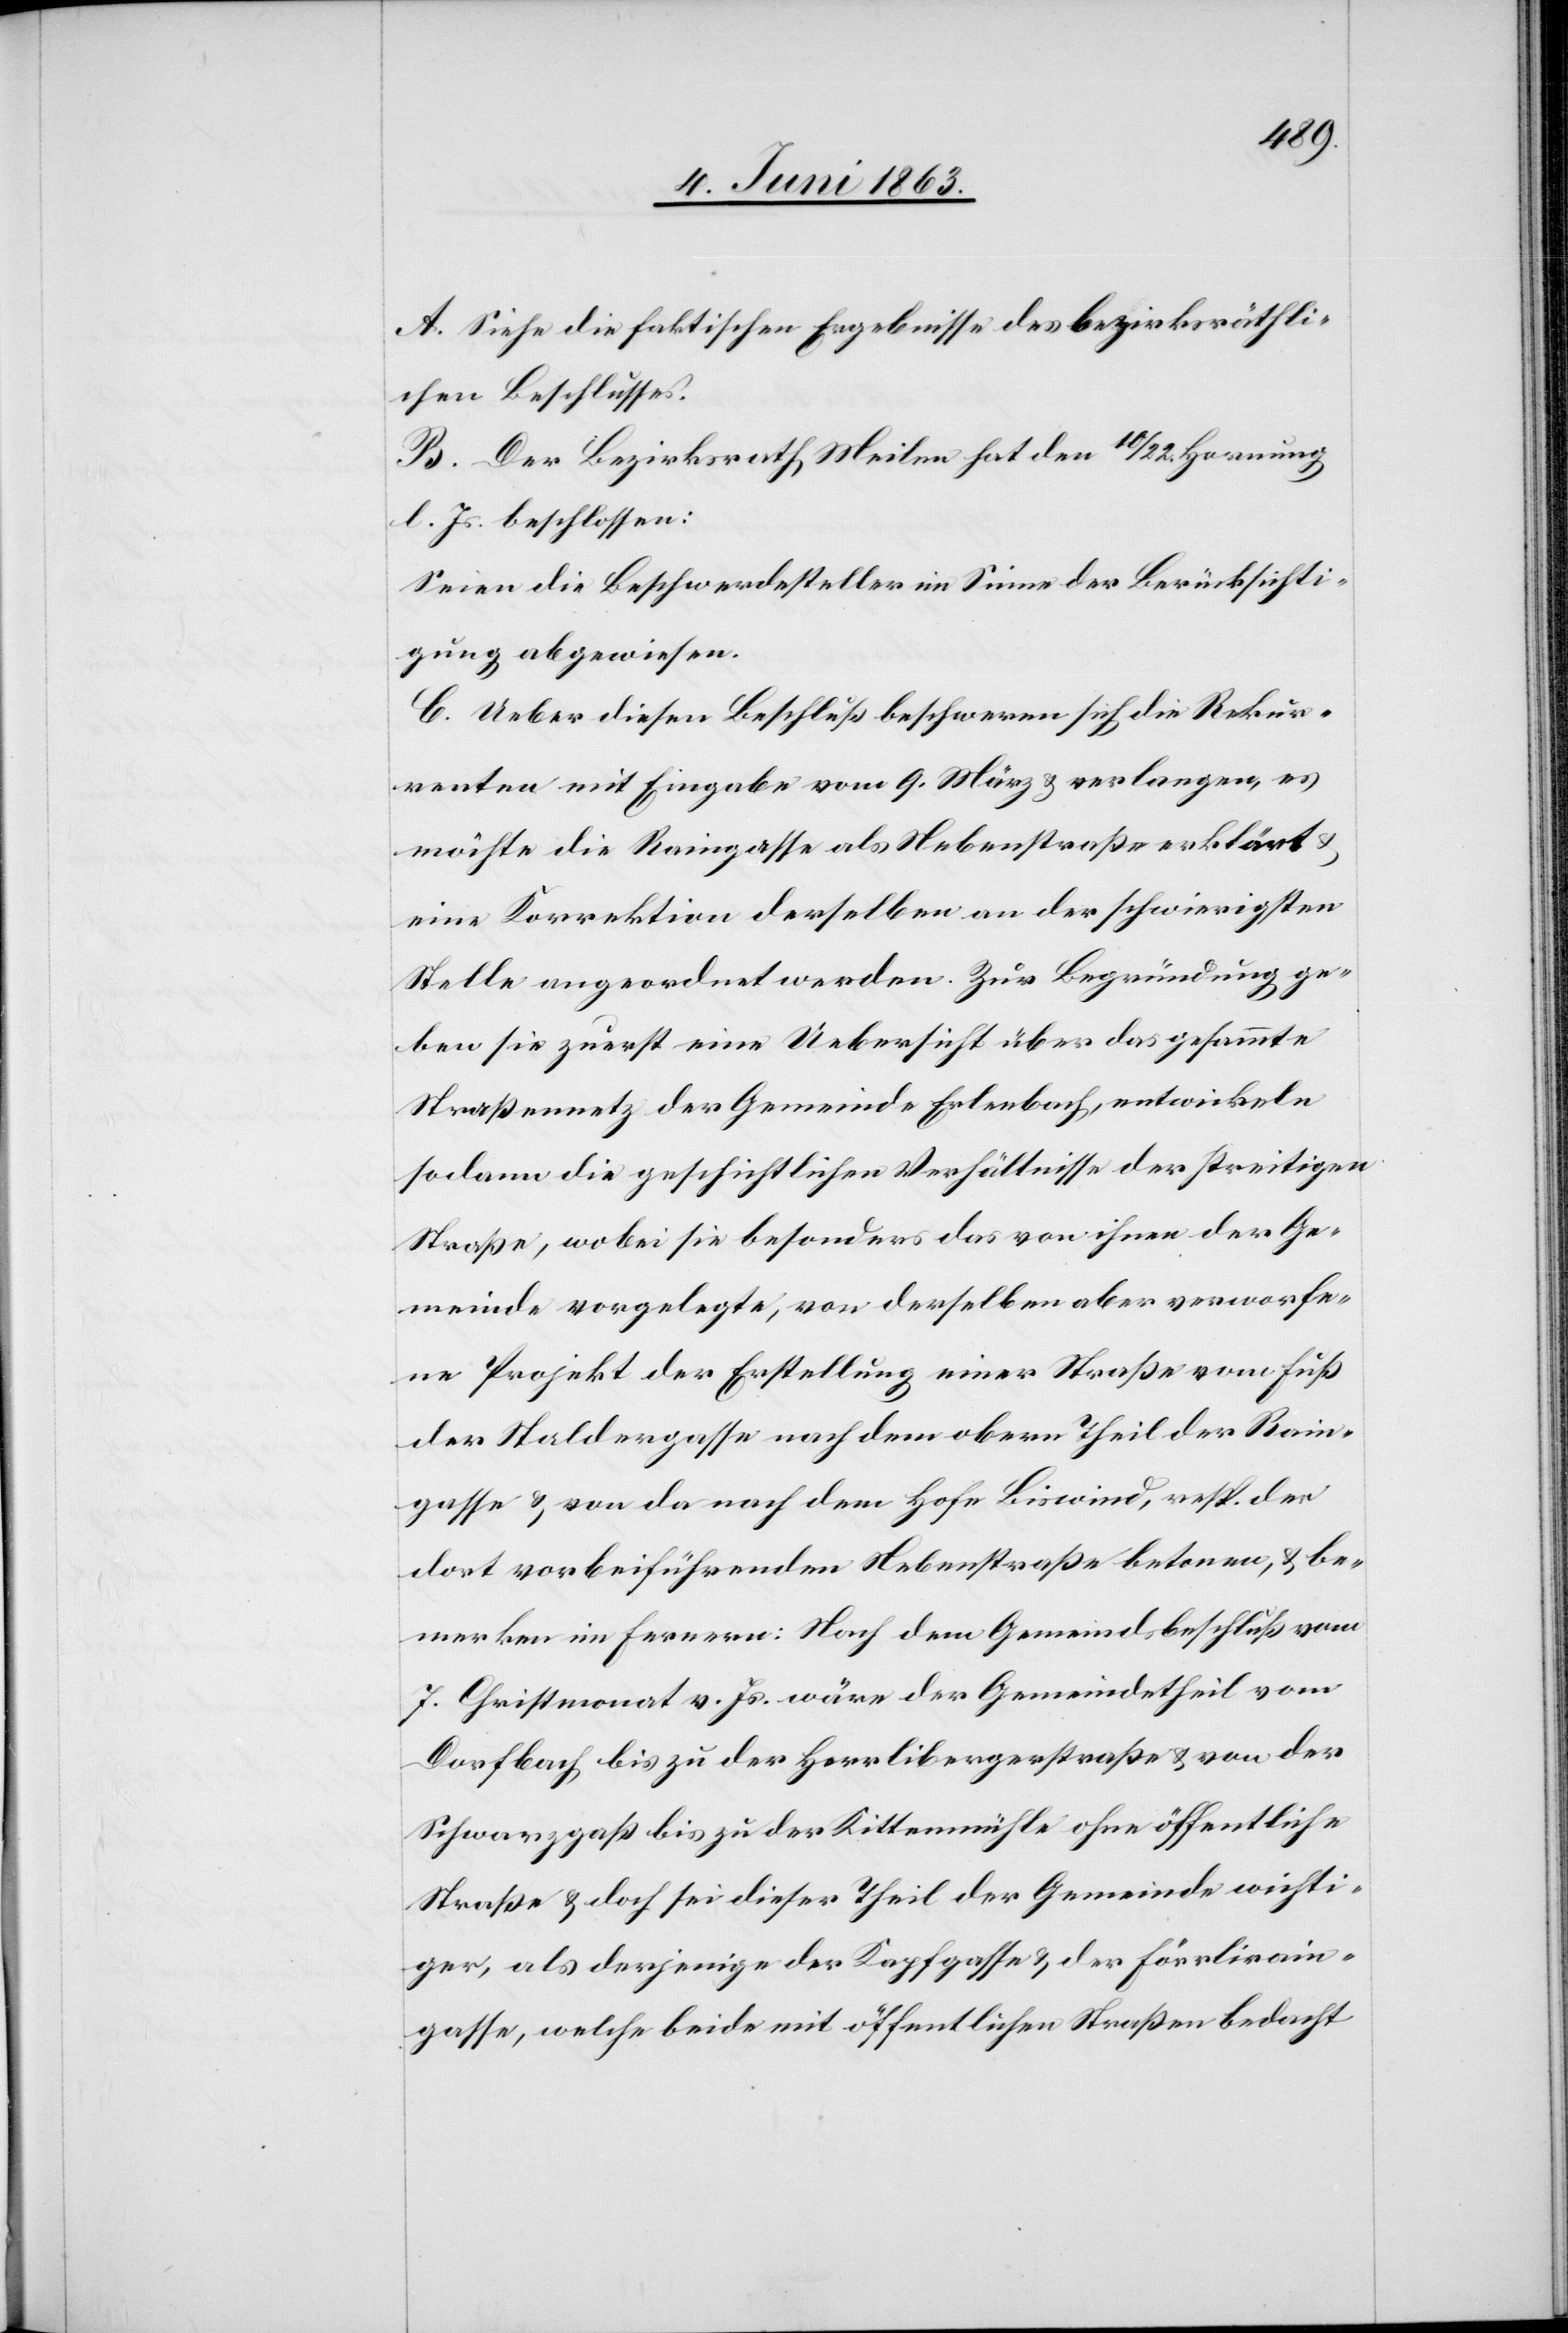
A. Siehe die faktischen Ergebnisse des bezirksräthli¬
chen Beschlusses.
B. Der Bezirksrath Meilen hat den 10/22. Hornung
l. Js. beschlossen:
Seien die Beschwerdesteller im Sinne der Berücksichti¬
gung abgewiesen.
C. Ueber diesen Beschluß beschweren sich die Rekur¬
renten mit Eingabe vom 9. März & verlangen, es
möchte die Raingasse als Nebenstraße erklärt
eine Korrektion derselben an der schwierigsten
Stelle angeordnet werden. Zur Begründung ge¬
ben sie zuerst eine Uebersicht über das gesammte
Straßennetz der Gemeinde Erlenbach, entwickeln
sodann die geschichtlichen Verhältnisse der streitigen
Straße, wobei sie besonders das von ihnen der Ge¬
meinde vorgelegte, von derselben aber verworfe¬
ne Projekt der Erstellung einer Straße vom Fuß
der Staldergasse nach dem obern Theil der Rain¬
gasse & von da nach dem Hofe Biswind, resp. der
dort vorbeiführenden Nebenstraße betonen, & be¬
merken im Fernern: Nach dem Gemeindsbeschluß vom
7. Christmonat v. Js. wäre der Gemeindetheil vom
Dorfbach bis zu der Herrlibergerstraße & von der
Schwarzgaß bis zu der Kittenmühle ohne öffentliche
Straße & doch sei dieser Theil der Gemeinde wichti¬
ger, als derjenige der Kapfgasse & der Förrlirain¬
gasse, welche beide mit öffentlichen Straßen bedacht